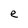
Character: e